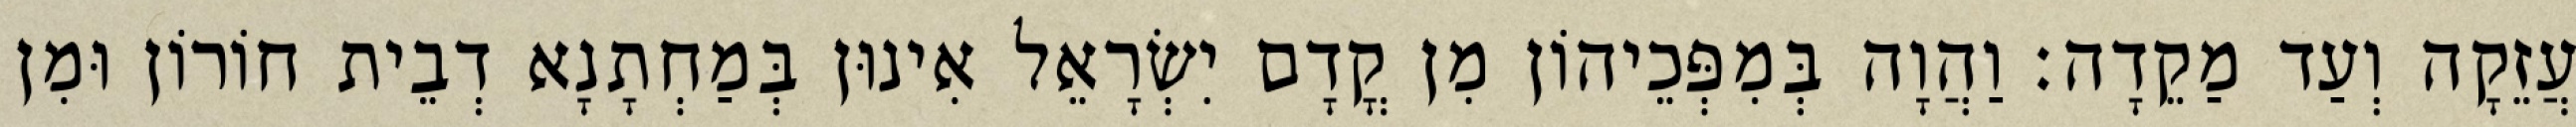
עֲזֵקָה וְעַד מַקֵדָה׃ וַהֲוָה בְּמִפְּכֵיהוֹן מִן קֳדָם יִשְׂרָאֵל אִינוּן בְּמַחְתָנָא דְבֵית חוֹרוֹן וּמִן